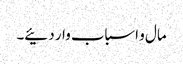
مال و اسباب وار دئیے۔